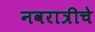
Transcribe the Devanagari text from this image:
नवरात्रीचे